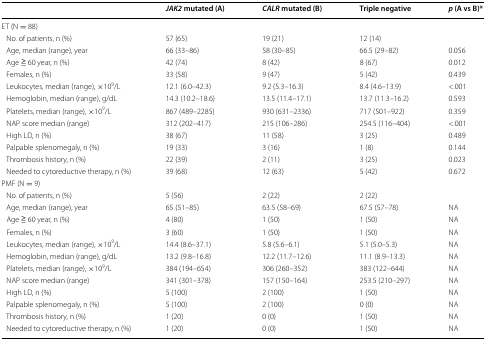
<table><thead><tr><td>[EMPTY_CELL]</td><td><b><i>JAK2</i> mutated (A)</b></td><td><b><i>CALR</i> mutated (B)</b></td><td><b>Triple negative</b></td><td><b><i>p</i> (A vs B)*</b></td></tr></thead><tbody><tr><td colspan="5">ET (N = 88)</td></tr><tr><td> No. of patients, n (%)</td><td>57 (65)</td><td>19 (21)</td><td>12 (14)</td><td>[EMPTY_CELL]</td></tr><tr><td> Age, median (range), year</td><td>66 (33–86)</td><td>58 (30–85)</td><td>66.5 (29–82)</td><td>0.056</td></tr><tr><td> Age ≧ 60 year, n (%)</td><td>42 (74)</td><td>8 (42)</td><td>8 (67)</td><td>0.012</td></tr><tr><td> Females, n (%)</td><td>33 (58)</td><td>9 (47)</td><td>5 (42)</td><td>0.439</td></tr><tr><td> Leukocytes, median (range), ×10<sup>9</sup>/L</td><td>12.1 (6.0–42.3)</td><td>9.2 (5.3–16.3)</td><td>8.4 (4.6–13.9)</td><td>&lt;.001</td></tr><tr><td> Hemoglobin, median (range), g/dL</td><td>14.3 (10.2–18.6)</td><td>13.5 (11.4–17.1)</td><td>13.7 (11.3–16.2)</td><td>0.593</td></tr><tr><td> Platelets, median (range), ×10<sup>9</sup>/L</td><td>867 (489–2285)</td><td>930 (631–2336)</td><td>717 (501–922)</td><td>0.359</td></tr><tr><td> NAP score median (range)</td><td>312 (202–417)</td><td>215 (106–286)</td><td>254.5 (116–404)</td><td>&lt;.001</td></tr><tr><td> High LD, n (%)</td><td>38 (67)</td><td>11 (58)</td><td>3 (25)</td><td>0.489</td></tr><tr><td> Palpable splenomegaly, n (%)</td><td>19 (33)</td><td>3 (16)</td><td>1 (8)</td><td>0.144</td></tr><tr><td> Thrombosis history, n (%)</td><td>22 (39)</td><td>2 (11)</td><td>3 (25)</td><td>0.023</td></tr><tr><td> Needed to cytoreductive therapy, n (%)</td><td>39 (68)</td><td>12 (63)</td><td>5 (42)</td><td>0.672</td></tr><tr><td colspan="5">PMF (N = 9)</td></tr><tr><td> No. of patients, n (%)</td><td>5 (56)</td><td>2 (22)</td><td>2 (22)</td><td>[EMPTY_CELL]</td></tr><tr><td> Age, median (range), year</td><td>65 (51–85)</td><td>63.5 (58–69)</td><td>67.5 (57–78)</td><td>NA</td></tr><tr><td> Age ≧ 60 year, n (%)</td><td>4 (80)</td><td>1 (50)</td><td>1 (50)</td><td>NA</td></tr><tr><td> Females, n (%)</td><td>3 (60)</td><td>1 (50)</td><td>1 (50)</td><td>NA</td></tr><tr><td> Leukocytes, median (range), ×10<sup>9</sup>/L</td><td>14.4 (8.6–37.1)</td><td>5.8 (5.6–6.1)</td><td>5.1 (5.0–5.3)</td><td>NA</td></tr><tr><td> Hemoglobin, median (range), g/dL</td><td>13.2 (9.8–16.8)</td><td>12.2 (11.7–12.6)</td><td>11.1 (8.9–13.3)</td><td>NA</td></tr><tr><td> Platelets, median (range), ×10<sup>9</sup>/L</td><td>384 (194–654)</td><td>306 (260–352)</td><td>383 (122–644)</td><td>NA</td></tr><tr><td> NAP score median (range)</td><td>341 (301–378)</td><td>157 (150–164)</td><td>253.5 (210–297)</td><td>NA</td></tr><tr><td> High LD, n (%)</td><td>5 (100)</td><td>2 (100)</td><td>1 (50)</td><td>NA</td></tr><tr><td> Palpable splenomegaly, n (%)</td><td>5 (100)</td><td>2 (100)</td><td>0 (0)</td><td>NA</td></tr><tr><td> Thrombosis history, n (%)</td><td>1 (20)</td><td>0 (0)</td><td>1 (50)</td><td>NA</td></tr><tr><td> Needed to cytoreductive therapy, n (%)</td><td>1 (20)</td><td>0 (0)</td><td>1 (50)</td><td>NA</td></tr></tbody></table>